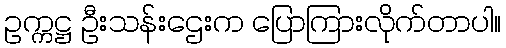
ဥက္ကဋ္ဌ ဦးသန်းဌေးက ပြောကြားလိုက်တာပါ။